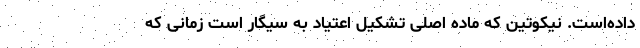
داده‌است. نیکوتین که ماده اصلی تشکیل اعتیاد به سیگار است زمانی که